Civil Veterinary Department. Madras. Admin. report 1926-33 - 1926-1933
Year: 1926
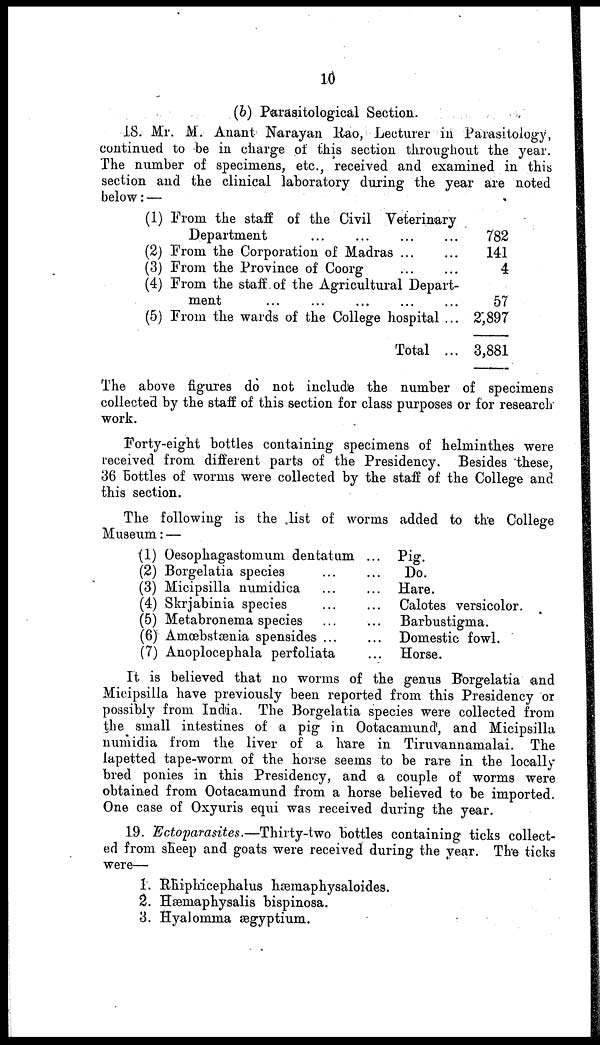
10
(b) Parasitological Section.
18. Mr. M. Anant Narayan Rao, Lecturer in Parasitology,
continued to be in charge of this section throughout the year.
The number of specimens, etc., received and examined in this
section and the clinical laboratory during the year are noted
below: —
(1)
(2)
(3)
(4)
(5)
From the staff of the Civil Veterinary
Department ... ... ... ...
From the Corporation of Madras ... ...
From the Province of Coorg ... ...
From the staff of the Agricultural Depart-
ment ... ... ... ... ...
From the wards of the College hospital ...
Total ...
782
141
4
57
2,897
3,881
The above figures do not include the number of specimens
collected by the staff of this section for class purposes or for research
work.
Forty-eight bottles containing specimens of helminthes were
received from different parts of the Presidency. Besides these,
36 Bottles of worms were collected by the staff of the College and
this section.
The following is the list of worms added to the College
Museum: —
(1) Oesophagastomum dentatum
(2) Borgelatia species ...
(3) Micipsilla numidica ...
(4) Skrjabinia species ...
(5) Metabronema species ...
(6) Ainœbstaeuia spensides ...
(7) Anoplocephala perfoliata
...
...
...
...
...
...
...
Pig.
Do.
Hare.
Calotes versicolor.
Barbustigma.
Domestic fowl.
Horse.
It is believed that no worms of the genus Borgelatia and
Micipsilla have previously been reported from this Presidency or
possibly from India. The Borgelatia species were collected from
the small intestines of a pig in Ootacamund, and Micipsilla
numidia from the liver of a hare in Tiruvannamalai. The
lapetted tape-worm of the horse seems to be rare in the locally
bred ponies in this Presidency, and a couple of worms were
obtained from Ootacamund from a horse believed to be imported
One case of Oxyuris equi was received during the year.
19. Ectoparasites.—Thirty-two
bottles containing ticks collect-
ed from sheep and goats were received during the year. The ticks
were—
1. Rhiphicephalus hæmaphysaloides.
2. Hæmaphysalis bispinosa.
3. Hyalomma ægyptium.